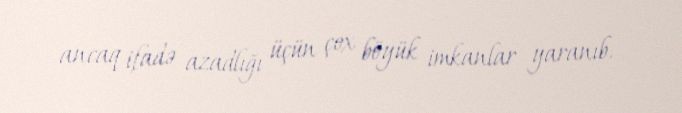
ancaq ifadə azadlığı üçün çox böyük imkanlar yaranıb.